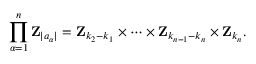
\prod _ { \alpha = 1 } ^ { n } { \mathbf Z } _ { | a _ { \alpha } | } = { \mathbf Z } _ { k _ { 2 } - k _ { 1 } } \times \cdots \times { \mathbf Z } _ { k _ { n - 1 } - k _ { n } } \times { \mathbf Z } _ { k _ { n } } .